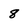
Character: 8